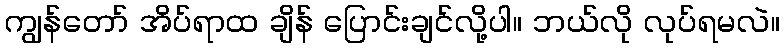
ကျွန်တော် အိပ်ရာထ ချိန် ပြောင်းချင်လို့ပါ။ ဘယ်လို လုပ်ရမလဲ။